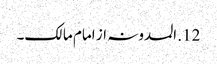
12. المدونہ از امام مالک۔